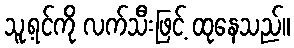
သူ့ရင်ကို လက်သီးဖြင့် ထုနေသည်။